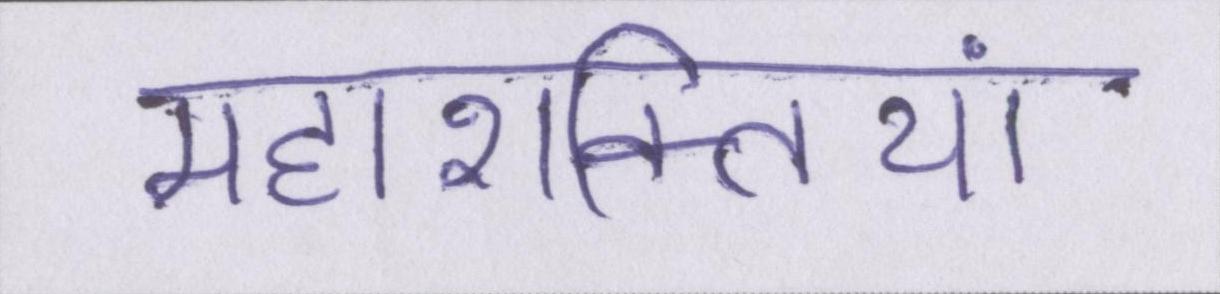
महाशक्तियां